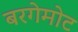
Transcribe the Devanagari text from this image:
बरगेमोट